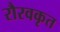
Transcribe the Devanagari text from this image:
रौरवकृत